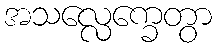
အသလ္လေက္ခေတွာ